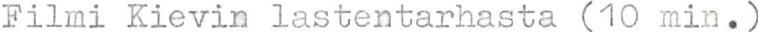
Filmi Kievin lastentarhasta (10 min.)